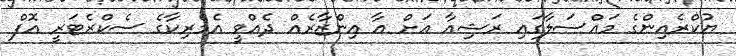
ޔުކްރެއިންގެ މައްސަލާގައި ރަޝިއާ އަށް އާ އިންޒާރެއް ދެއްވީ އެމެރިކާގެ ސެކްރެޓަރީ އޮފް